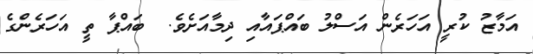
އަމާޒު ކުރީ އަހަރެން އަސްލު ބައްޕައާއި ދިމާއަށެވެ.  ބައްޕާ ތީ އަހަރެންގެ